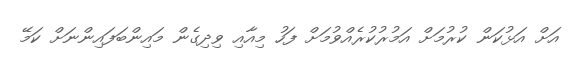
އަށް އަޅުކަން ކުރުމަށް އަމުރުކުރެއްވުމަށް ފަހު މިއާއި ވިދިގެން މައިންބަފައިންނަށް ކަމޭ